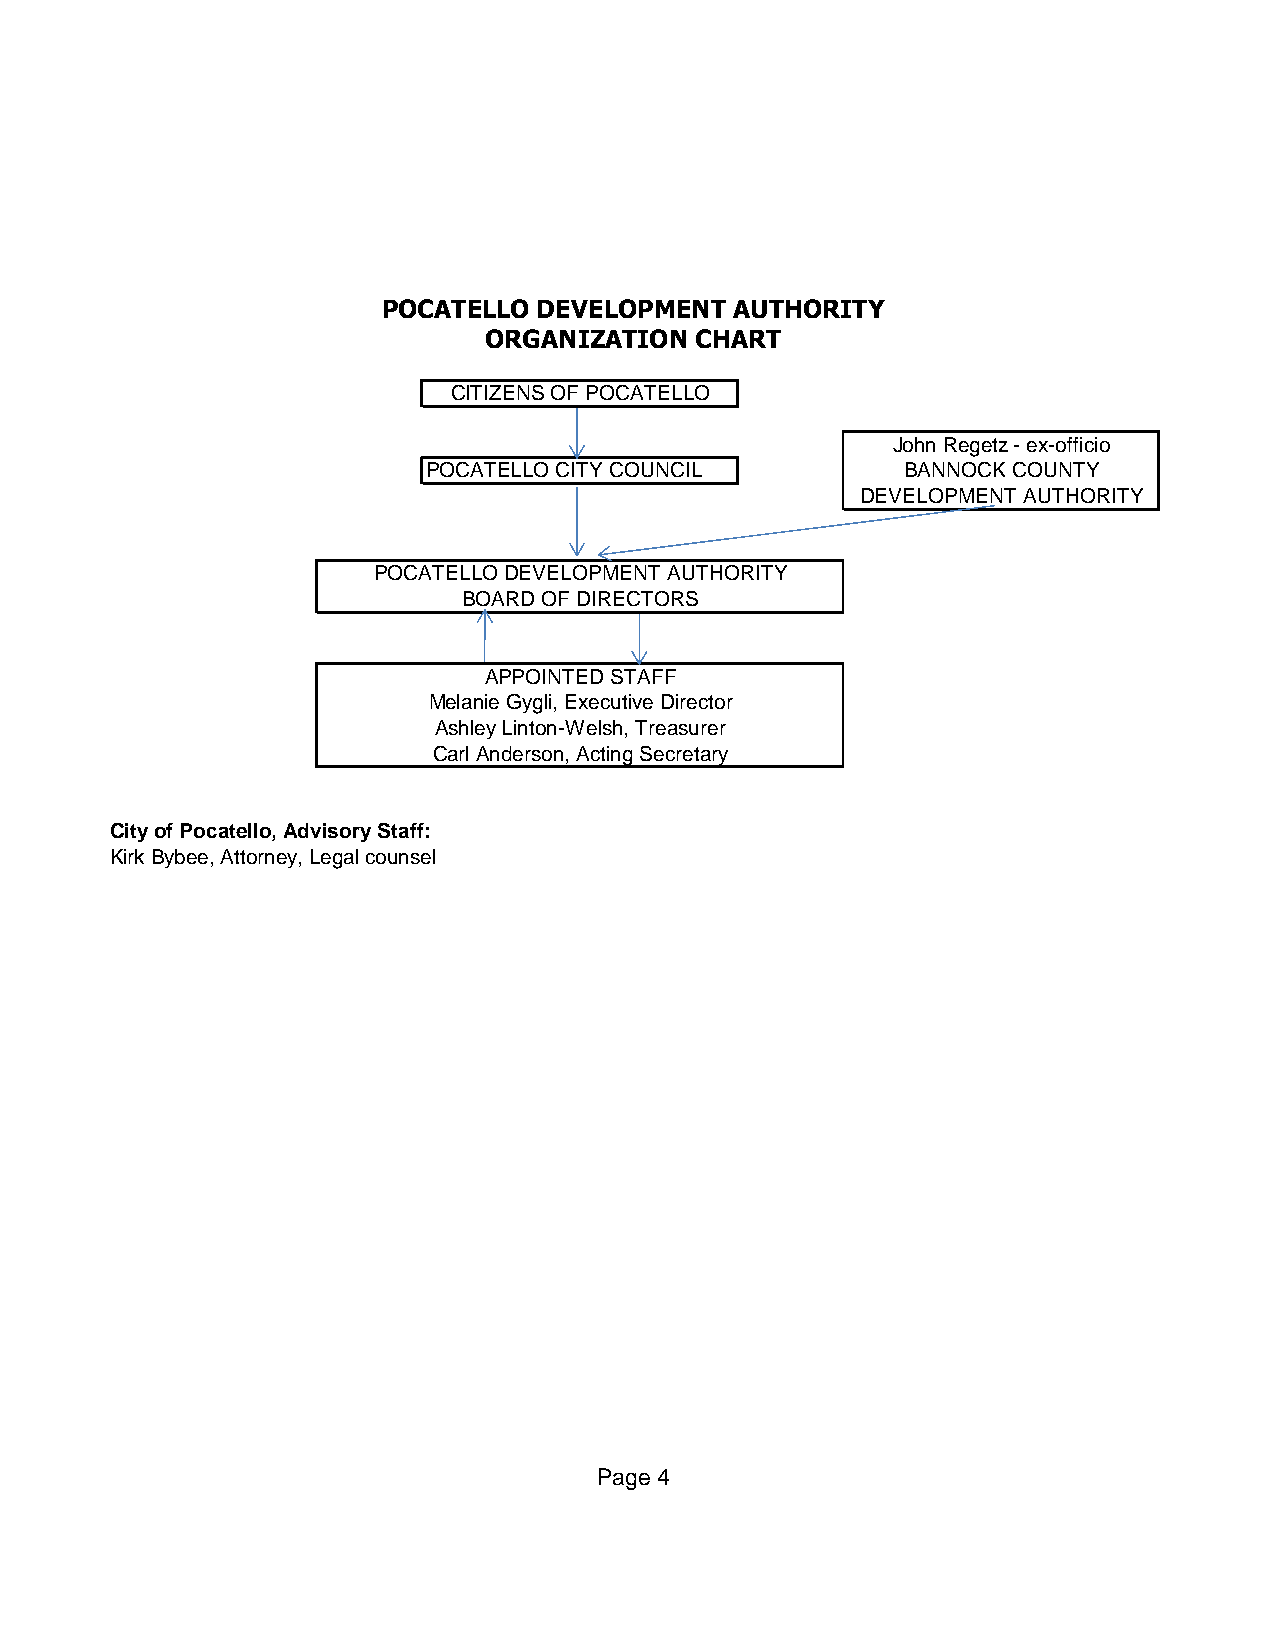
POCATELLO  DEVELOPMENT  AUTHORITY
 ORGANIZATION  CHART
 CITIZENS OF POCATELLO
 John Regetz - ex-officio
 POCATELLO CITY COUNCIL          BANNOCK COUNTY
 DEVELOPMENT AUTHORITY
 POCATELLO DEVELOPMENT AUTHORITY
 BOARD OF DIRECTORS
 APPOINTED STAFF
 Melanie Gygli, Executive Director
 Ashley Linton-Welsh, Treasurer
 Carl Anderson, Acting Secretary
 City of Pocatello, Advisory Staff:
 Kirk Bybee, Attorney, Legal counsel
 Page 4